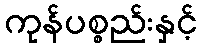
ကုန်ပစ္စည်းနှင့်